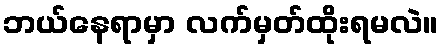
ဘယ်နေရာမှာ လက်မှတ်ထိုးရမလဲ။